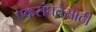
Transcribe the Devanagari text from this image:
एकसंघतेसाठी